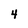
Character: 4